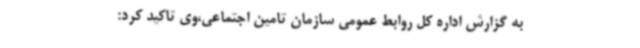
به گزارش اداره کل روابط عمومی سازمان تامین اجتماعی،وی تاکید کرد: